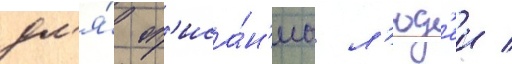
дл'я́ оп'иса́н'иа л'юд'еи /